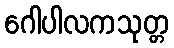
ဂေါပါလကသုတ္တ